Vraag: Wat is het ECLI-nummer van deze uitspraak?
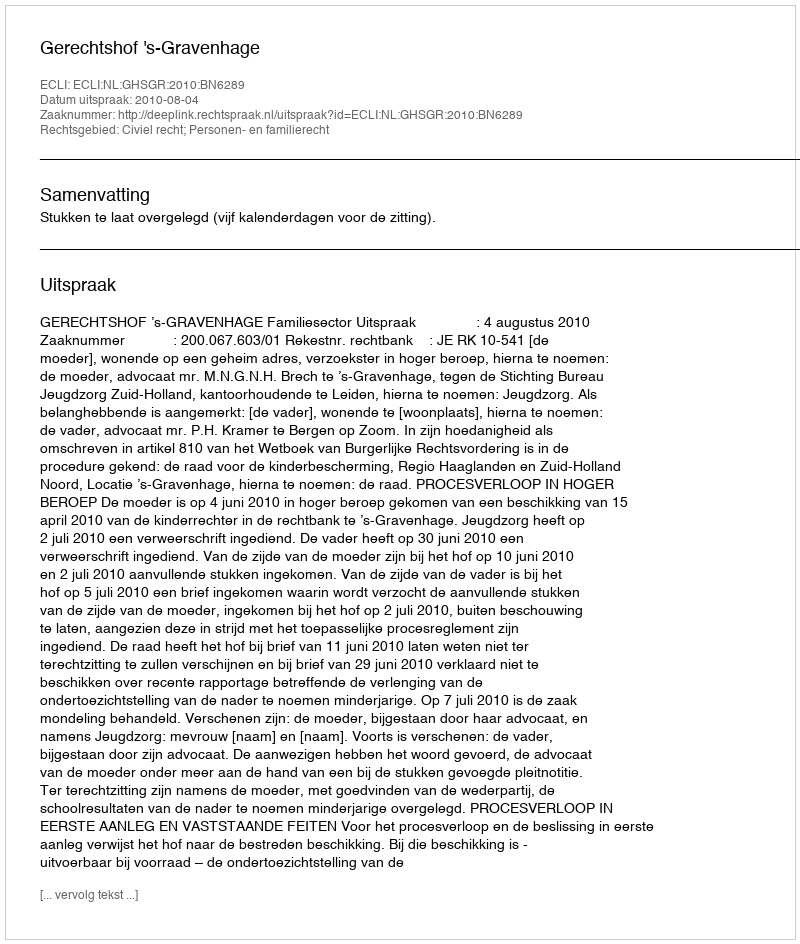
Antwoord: ECLI:NL:GHSGR:2010:BN6289